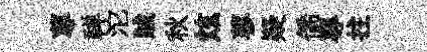
蓴禅沱賊秋炫蓼疑僑專拄